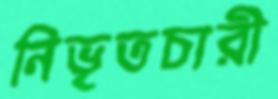
নিভৃতচারী